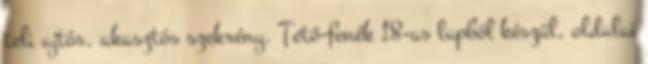
teli ajtós, akasztós szekrény. Tető-fenék 18-as lapból készül, oldalai